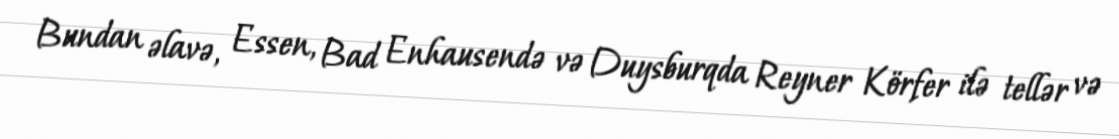
Bundan əlavə, Essen, Bad Enhausendə və Duysburqda Reyner Körfer ilə tellər və